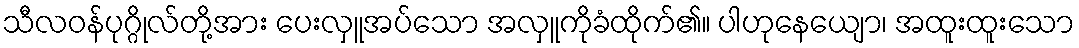
သီလဝန်ပုဂ္ဂိုလ်တို့အား ပေးလှူအပ်သော အလှူကိုခံထိုက်၏။ ပါဟုနေယျော၊ အထူးထူးသော